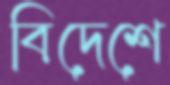
বিদেশে